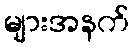
များအနက်